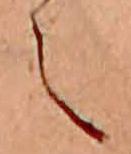
え